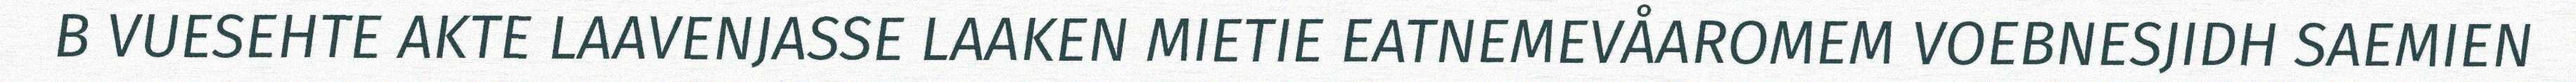
B VUESEHTE AKTE LAAVENJASSE LAAKEN MIETIE EATNEMEVÅAROMEM VOEBNESJIDH SAEMIEN